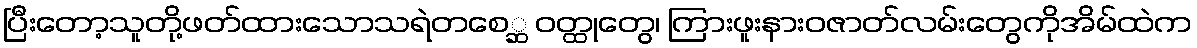
ပြီးတော့သူတို့ဖတ်ထားသောသရဲတစေ္ဆ ဝတ္ထုတွေ၊ ကြားဖူးနားဝဇာတ်လမ်းတွေကိုအိမ်ထဲက